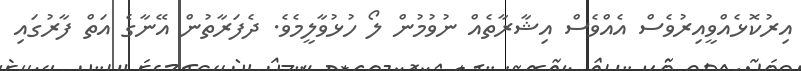
އިރުކޮޅެއްވީއިރުވެސް އެއްވެސް އިޝާރާތެއް ނުވުމުން ލޯ ހުޅުވާލީމެވެ. ދެފަރާތުން އޭނާގެ އަތް ފާރުގައި